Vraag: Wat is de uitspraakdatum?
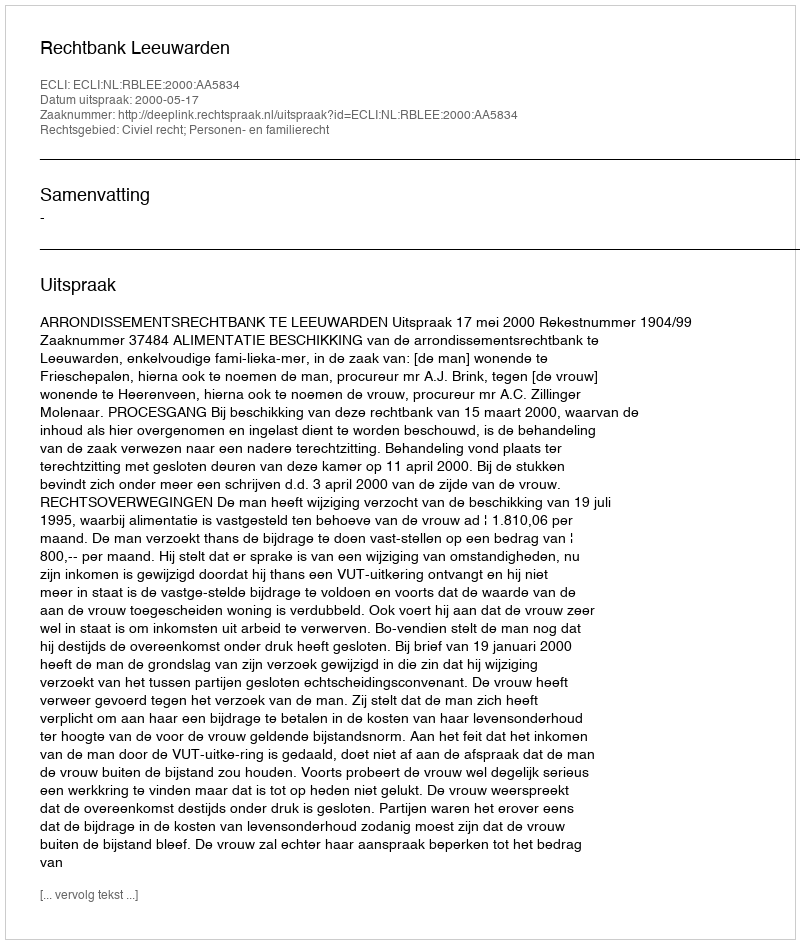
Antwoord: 2000-05-17